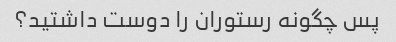
پس چگونه رستوران را دوست داشتید؟